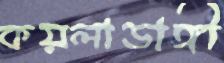
কয়লাডাঙ্গী